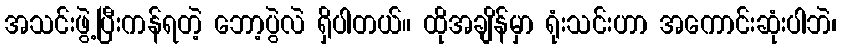
အသင်းဖွဲ့ပြီးကန်ရတဲ့ ဘော့ပွဲလဲ ရှိပါတယ်။ ထိုအချိန်မှာ ရုံးသင်းဟာ အကောင်းဆုံးပါဘဲ၊